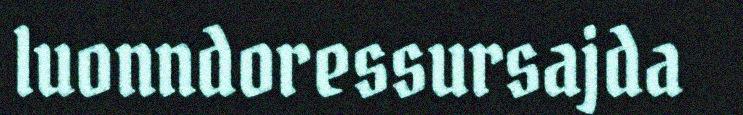
luonndoressursajda